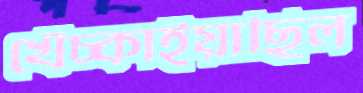
খেঁচ্‌কাইয়াছিল